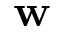
\mathbf { w }